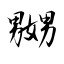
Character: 嬲